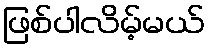
ဖြစ်ပါလိမ့်မယ်